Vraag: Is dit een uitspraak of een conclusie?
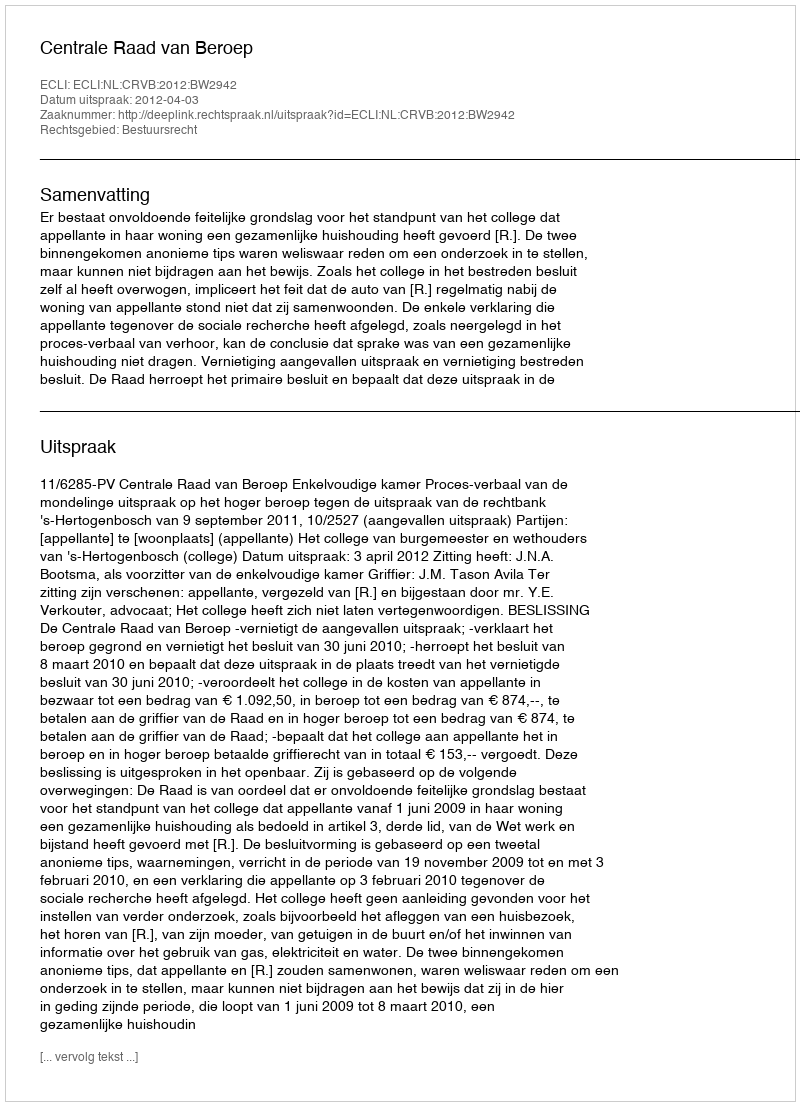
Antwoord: Uitspraak